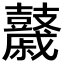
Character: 𪔯